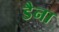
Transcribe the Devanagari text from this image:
डैना